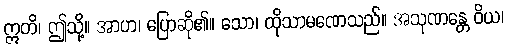
ဣတိ၊ ဤသို့။ အာဟ၊ ပြောဆို၏။ သော၊ ထိုသာမဏေသည်။ အသုဏန္တေ ဝိယ၊